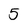
Character: 5